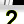
Digit: 2